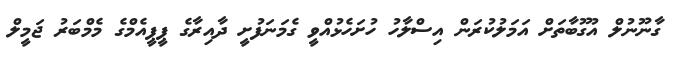
ގާނޫނުލް އުގޫބާތަށް އަމަލުކުރަން އިސްލާހު ހުށަހެޅުއްވީ ގެމަނަފުށީ ދާއިރާގެ ޕީޕީއެމްގެ މެމްބަރު ޖަމީލް